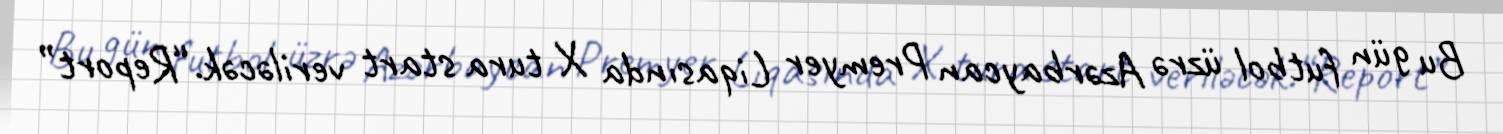
Bu gün futbol üzrə Azərbaycan Premyer Liqasında X tura start veriləcək.“Report”